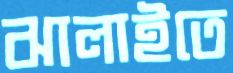
ঝালাইতে